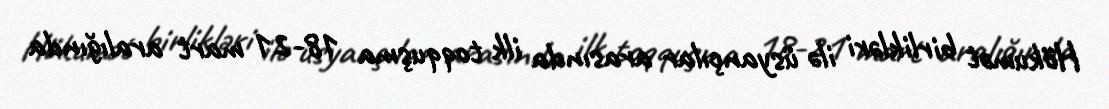
Hökumət birlikləri ilə üsyançılar arasında ilk toqquşma 18-21 mart aralığında